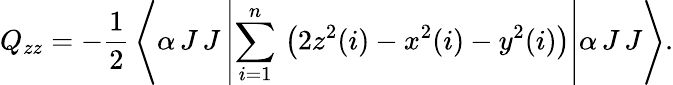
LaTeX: Q_{zz}=-\frac{1}{2}\, \left<\alpha\, J\, J\left|\sum_{i=1}^{n}\, \left(2z^{2}(i)-x^{2}(i)-y^{2}(i)\right)\right|\alpha\, J\, J\right>.